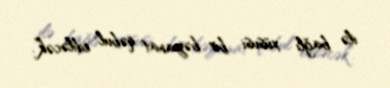
ilə bağlı xüsusi bir bəyanat qəbul ediləcək”.